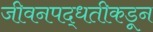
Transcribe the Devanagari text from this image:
जीवनपद्धतीकडून